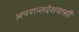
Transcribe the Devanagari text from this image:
अपरान्तदेशवासी